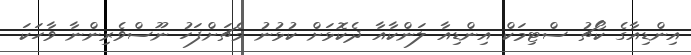
އިންޑިއާގެ ކޯޗު ސްޓިމަކް އިންޑިއާ ލަންކާއާ ދެކޮޅަށް ކުޅުނު މެޗަށްފަހު ނޫސްވެރިންނާ ވާހަކަ